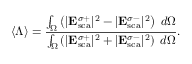
\langle \Lambda \rangle = \frac { \int _ { \Omega } \left( { | { \bf E } _ { \mathrm { { s c a } } } ^ { \sigma + } } | ^ { 2 } - { | { \bf E } _ { \mathrm { { s c a } } } ^ { \sigma - } } | ^ { 2 } \right) \; d \Omega } { \int _ { \Omega } \left( { | { \bf E } _ { \mathrm { { s c a } } } ^ { \sigma + } } | ^ { 2 } + { | { \bf E } _ { \mathrm { { s c a } } } ^ { \sigma - } } | ^ { 2 } \right) \; d \Omega } .